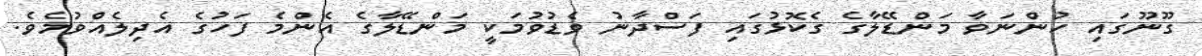
ގޫނޫގައި ހުންނަވާ މަންޑޭލާގެ ގެކޮޅުގައި ފަސްދާނު ވެޑުވުމަކީ މަންޑޭލާގެ އެންމެ ފަހުގެ އެދިލެއްވުމެވެ.